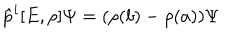
LaTeX: \hat { p } ^ { i } [ E , \rho ] \Psi = ( \rho ( b ) - \rho ( a ) ) \Psi